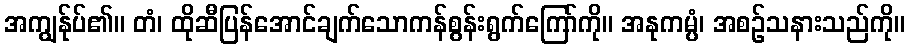
အကျွန်ုပ်၏။ တံ၊ ထိုဆီပြန်အောင်ချက်သောကန်စွန်းရွက်ကြော်ကို။ အနုကမ္ပံ၊ အစဉ်သနားသည်ကို။